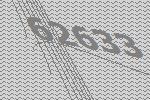
62633